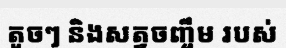
តូចៗ និងសត្វចញ្ចឹម របស់